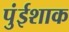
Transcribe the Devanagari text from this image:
पुंईशाक